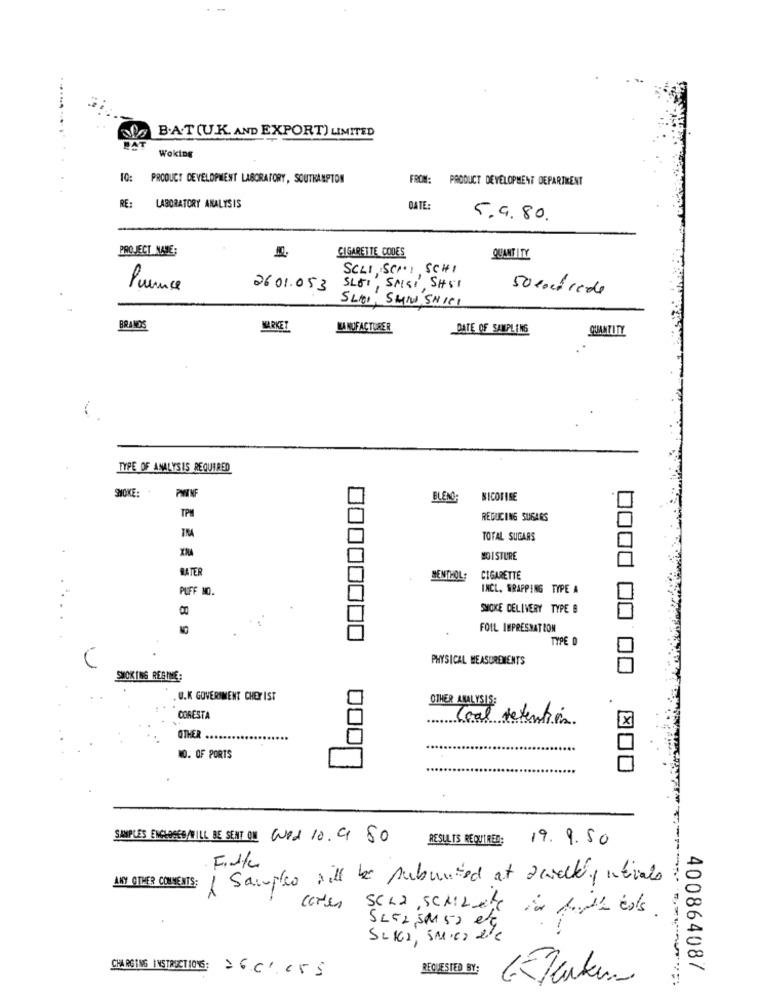
B.A.T(U.K. AND EXPORT) LIMITED
DA
Woking
PRODUCT DEVELOPMENT LABORATORY, SOUTHAMPTON
FROM: PRODUCT DEVELOPMENT DEPARTMENT
RE:
LABORATORY ANALYSIS
DATE:
5.9.80.
PROJECT NAME:
CIGARETTE CODES
QUANT ITY
SCLI SCHI SCHI
Presence
2601.053
SLOT, SMSI, SHST
50 loutrede
SLI, SHIN SHICI
BRANDS
MARKET
LA NUFACTURER
DATE OF SAMPLING
QUANTITY
TYPE OF ANALYSIS REQUIRED
SMOKE:
PWINF
BLEND:
NICOTINE
TPM
REDUCING SUGARS
TOTAL SUGARS
MOISTURE
BATER
MENTHOL
CIGARETTE
PUFF NO.
INCL. WRAPPING TYPE A
SMOKE DELIVERY TYPE B
2 8 9
FOIL IMPRESNATION
TYPE D
PHYSICAL MEASUREMENTS
SMOKING REGIME:
. U.K GOVERNMENT CHEF IST
OTHER ANALYSIS:
CORESTA
Coal Retention.
X
OTHER
NO. OF PORTS
SIMPLES ENCLOSED/TILL BE SENT ON Wed 10. 9 80
RESULTS REQUIRED: 19.9.50
ANY OTHER COMMENTS:
I Samples will be submited at a walking intrials
cores Scha, SchiLete in fouth ess.
SLE2 5M 50 et
SLIGH, SM.Ca ele
CHARGING INSTRUCTION6: 26.01.055
REQUESTED BY:
400864087